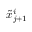
\tilde { x } _ { j + 1 } ^ { i }